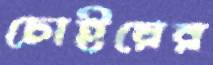
চোইয়ের